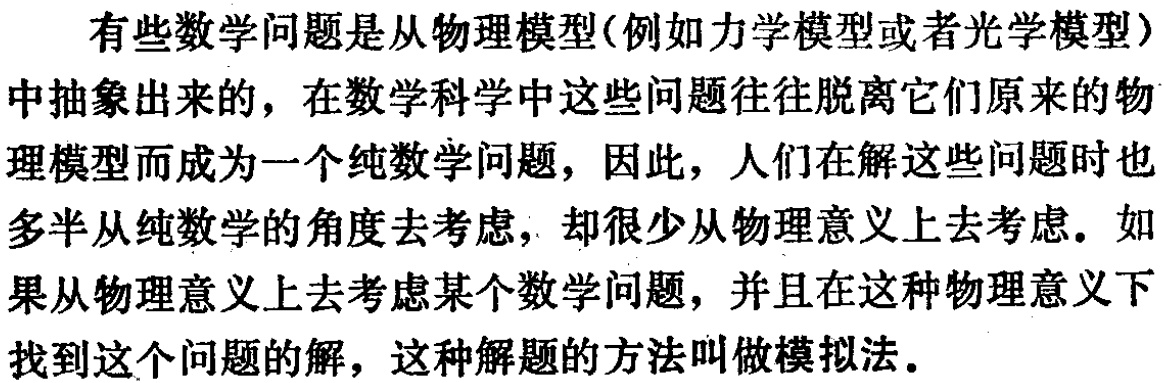
有些数学问题是从物理模型(例如力学模型或者光学模型)中抽象出来的，在数学科学中这些问题往往脱离它们原来的物理模型而成为一个纯数学问题，因此，人们在解这些问题时也多半从纯数学的角度去考虑，却很少从物理意义上去考虑。如果从物理意义上去考虑某个数学问题，并且在这种物理意义下找到这个问题的解，这种解题的方法叫做模拟法。